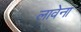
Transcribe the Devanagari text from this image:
लावेना